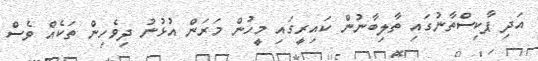
އަދި ޕާކިސްތާނުގައި ތާލިބާނުން ކައިރީގައި މީހުން މަރަން އުޅުނު ދިވެހިން ތަކެއް ވެސް